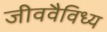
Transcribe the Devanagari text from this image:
जीववैविध्य